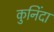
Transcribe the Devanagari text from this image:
कुनिंदा